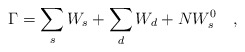
\begin{align*}\Gamma=\sum_s W_s+\sum_d W_d+NW_s^0~~~,\end{align*}